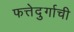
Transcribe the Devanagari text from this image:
फत्तेदुर्गाची